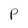
Character: p